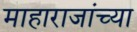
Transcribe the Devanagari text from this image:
माहाराजांच्या